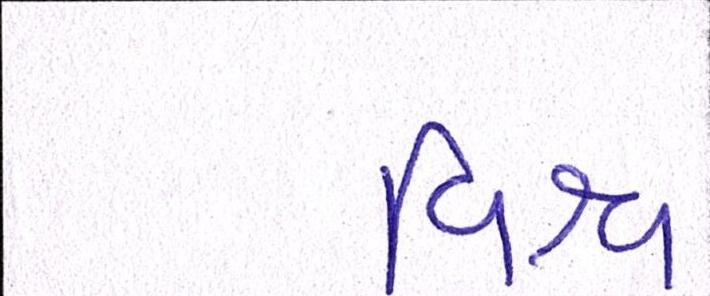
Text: વિશ્વ